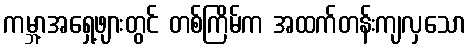
ကမ္ဘာ့အရှေ့ဖျားတွင် တစ်ကြိမ်က အထက်တန်းကျလှသော